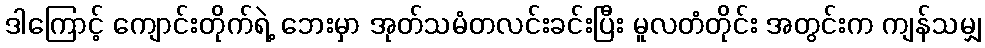
ဒါကြောင့် ကျောင်းတိုက်ရဲ့ ဘေးမှာ အုတ်သမံတလင်းခင်းပြီး မူလတံတိုင်း အတွင်းက ကျန်သမျှ